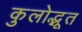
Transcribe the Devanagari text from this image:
कुलोद्भूत